65_HS1-834228961_62-HQ-83894_Section_5
Agency: FBI
Page 106
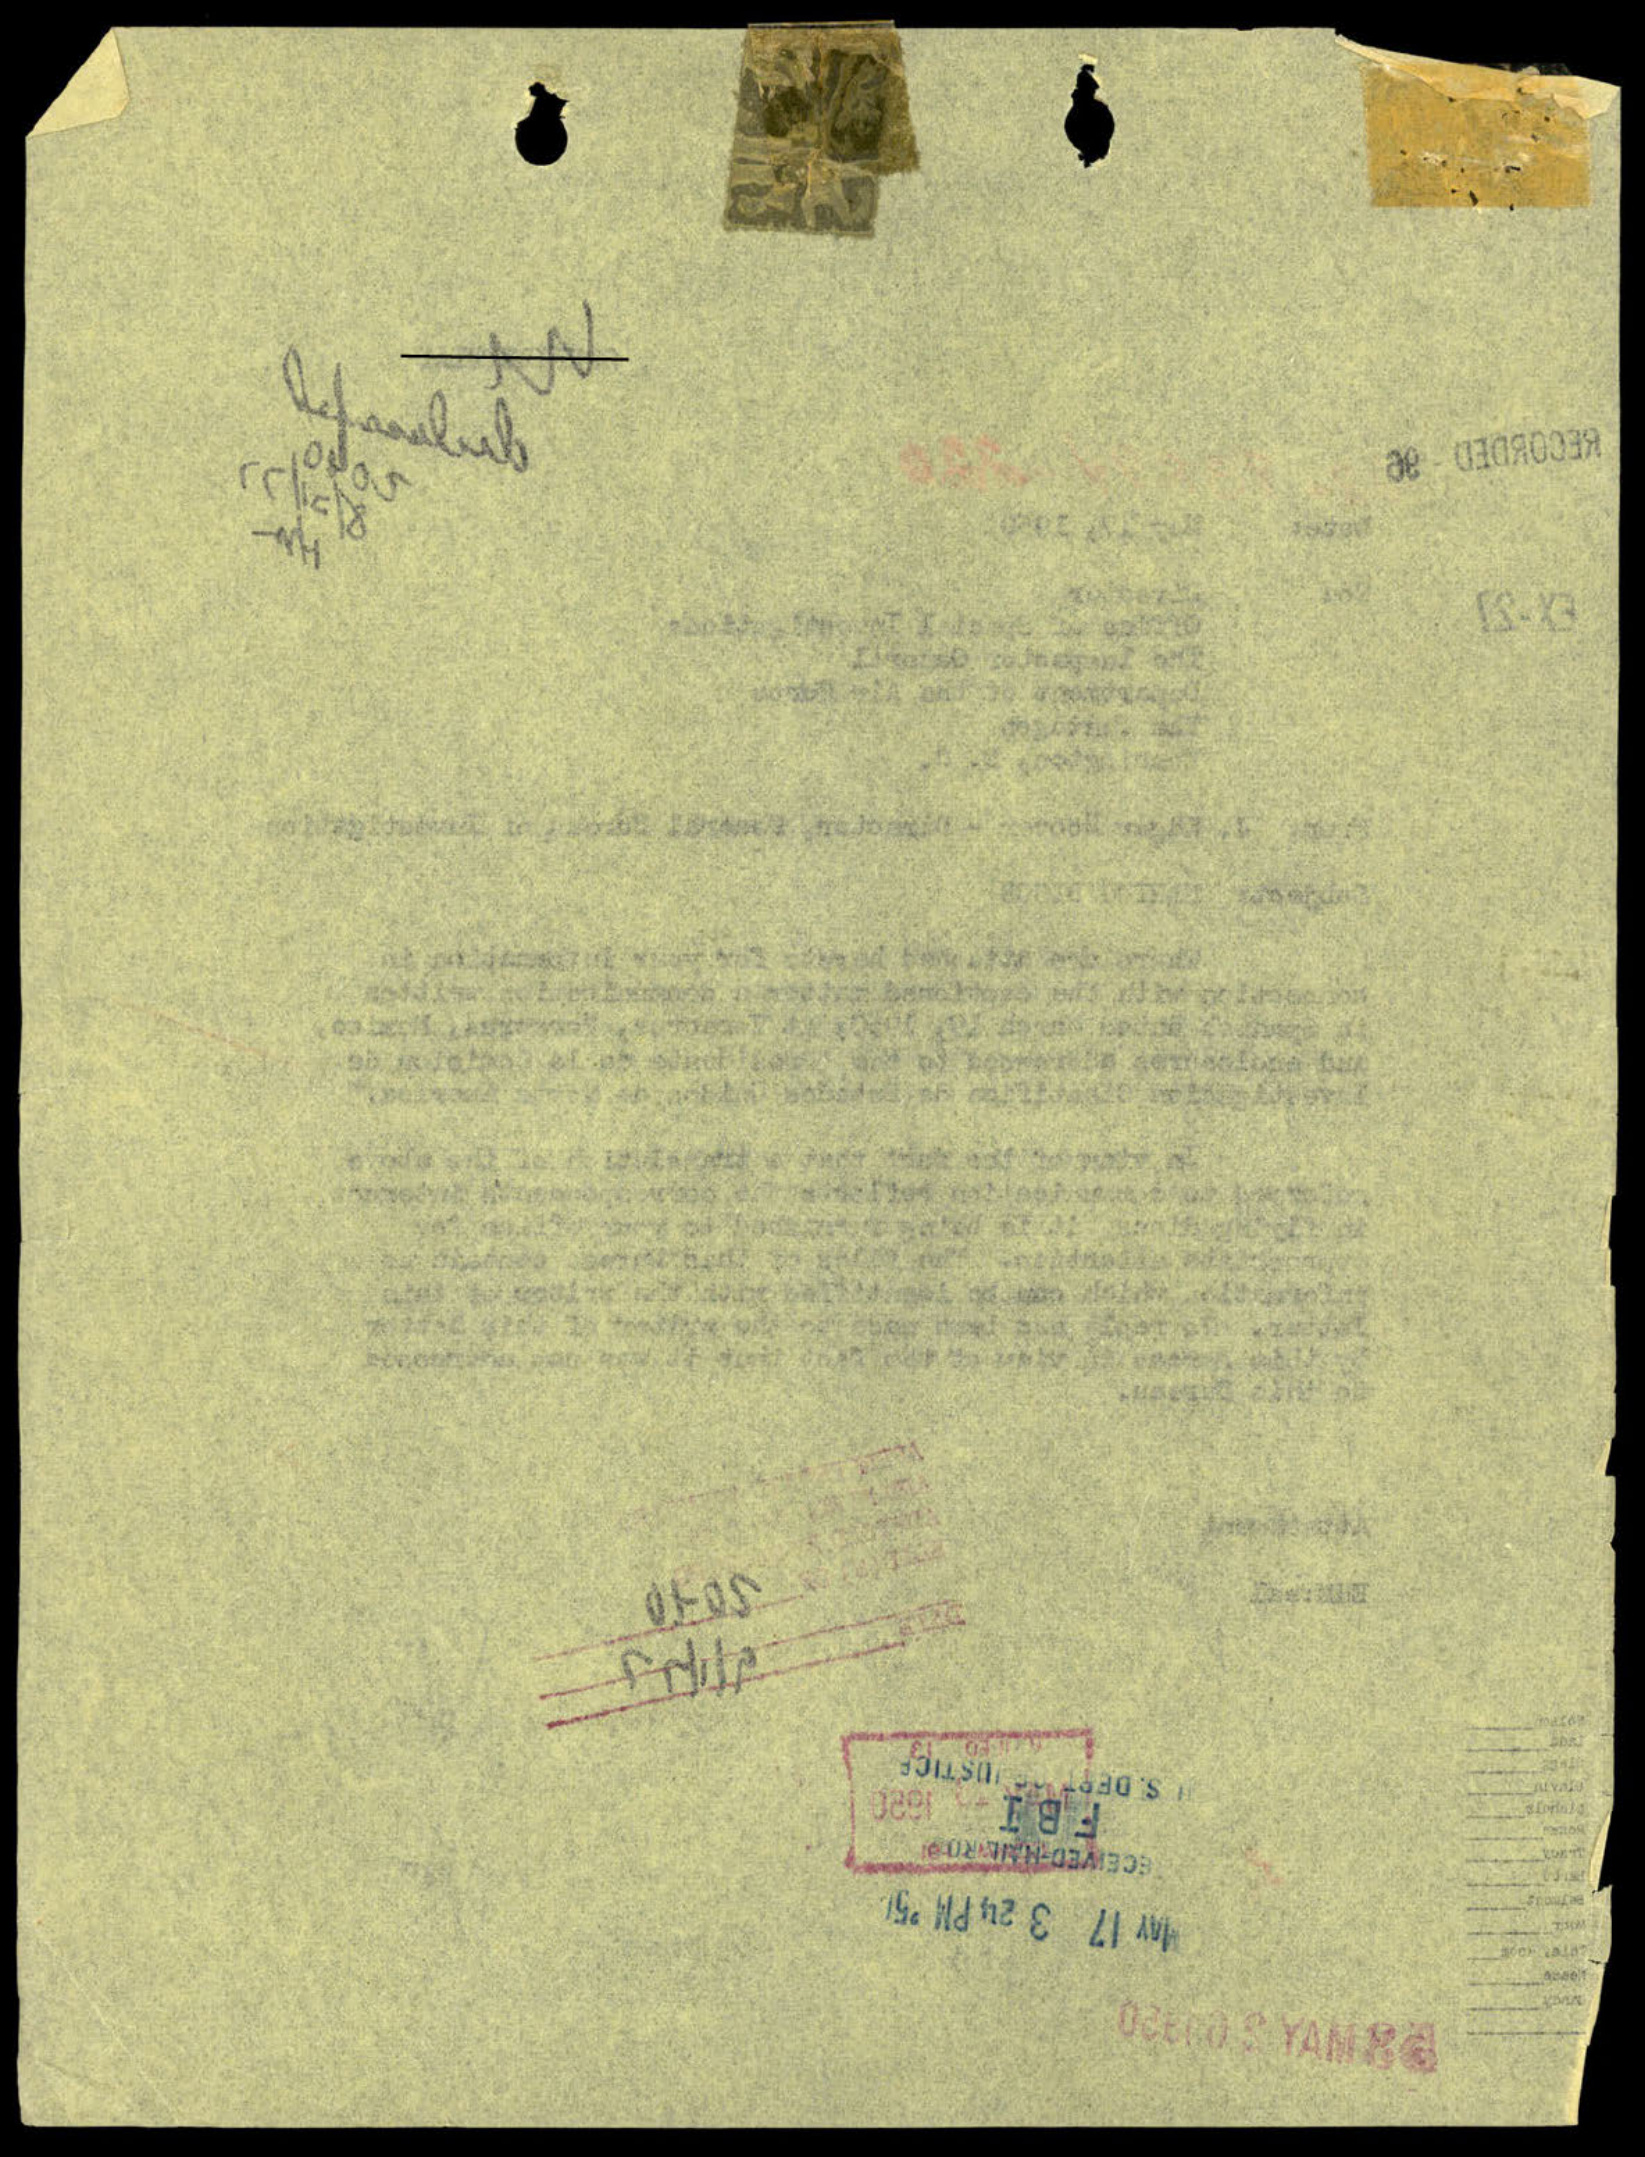